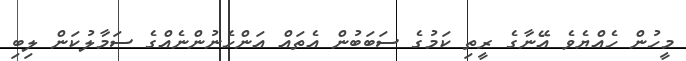
މީހުން ހެއްޔެވެ އޭނާގެ ރީތި ކަމުގެ ސަބަބުން އެތައް އަންހެނުންނެއްގެ ސަމާލުކަން ލިބި